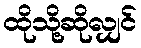
ထိုသို့ဆိုလျှင်